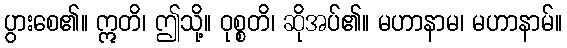
ပွားစေ၏။ ဣတိ၊ ဤသို့။ ဝုစ္စတိ၊ ဆိုအပ်၏။ မဟာနာမ၊ မဟာနာမ်။